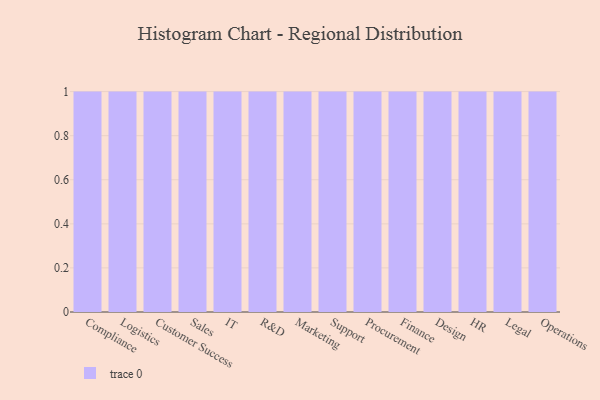
{"axis": {"x": "Department", "y": "Backlog"}, "legend": [""], "data": [{"x": "Compliance", "y": 40, "type": ""}, {"x": "Logistics", "y": 22, "type": ""}, {"x": "Customer Success", "y": 95, "type": ""}, {"x": "Sales", "y": 84, "type": ""}, {"x": "IT", "y": 2, "type": ""}, {"x": "R&D", "y": 82, "type": ""}, {"x": "Marketing", "y": 81, "type": ""}, {"x": "Support", "y": 98, "type": ""}, {"x": "Procurement", "y": 18, "type": ""}, {"x": "Finance", "y": 73, "type": ""}, {"x": "Design", "y": 20, "type": ""}, {"x": "HR", "y": 97, "type": ""}, {"x": "Legal", "y": 62, "type": ""}, {"x": "Operations", "y": 41, "type": ""}]}